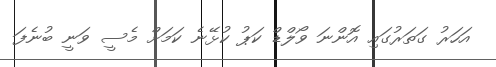
އަހަރު ގަތަރުގައި އޮންނަ ވޯލްޑް ކަޕު ކުޅޭނެ ކަމަށް މެސީ ވަނީ ބުނެފަ